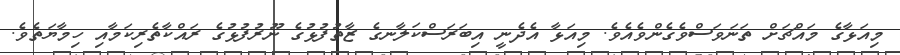
މިއަޅާގެ މައްޗަށް ތަނަވަސްވެގެންވެއެވެ. މިއަޅާ އެދެނީ އިބަރަސްކަލާނގެ ޒާތުފުޅުގެ ނޫރުފުޅުގެ ރައްކާތެރިކަމާއި ހިމާޔަތެވެ.